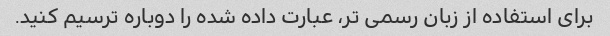
برای استفاده از زبان رسمی تر، عبارت داده شده را دوباره ترسیم کنید.